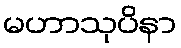
မဟာသုပိနာ